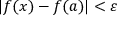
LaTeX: | f ( x ) - f ( a ) | < \varepsilon